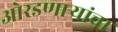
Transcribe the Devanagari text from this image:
ओरडणार्‍यांचा